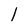
Character: l